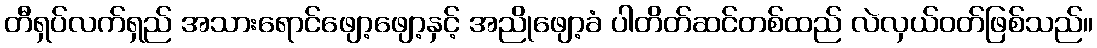
တီရှပ်လက်ရှည် အသားရောင်ဖျော့ဖျော့နှင့် အညိုဖျော့ခံ ပါတိတ်ဆင်တစ်ထည် လဲလှယ်ဝတ်ဖြစ်သည်။